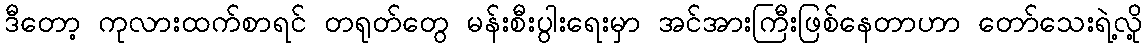
ဒီတော့ ကုလားထက်စာရင် တရုတ်တွေ မန်းစီးပွါးရေးမှာ အင်အားကြီးဖြစ်နေတာဟာ တော်သေးရဲ့လို့